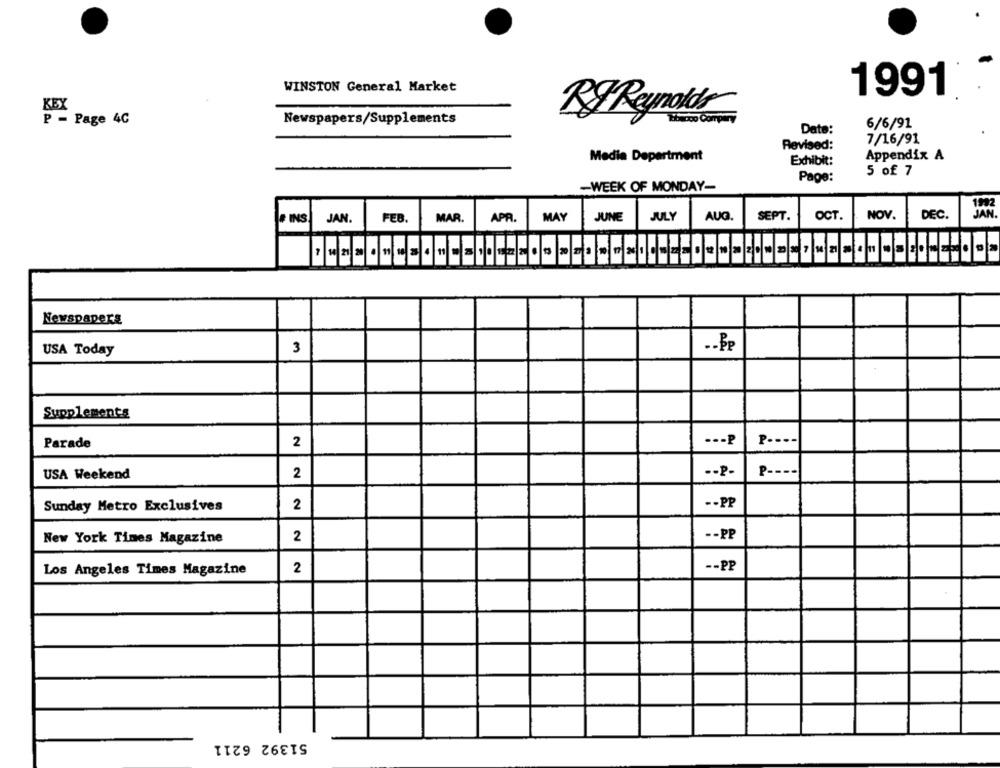
WINSTON General Market
1991
Ry Reynolds
P - Page 4C
Newspapers/Supplements
Date:
6/6/91
Revised:
7/16/91
Media Department
Exhibit:
Appendix A
5 of 7
Page:
-WEEK OF MONDAY-
MAY
JULY
AUG.
SEPT.
OCT.
NOV.
DEC.
INS
JAN.
FEB.
MAR.
APR.
JUNE
Newspapers
USA Today
3
Supplements
Parade
2
--- P
P ----
USA Weekend
2
-- P-
p ----
Sunday Metro Exclusives
2
-- PP
-- PP
New York Times Magazine
2
2
-- PP
Los Angeles Times Magazine
51392 6211